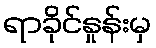
ရာခိုင်နှုန်းမှ